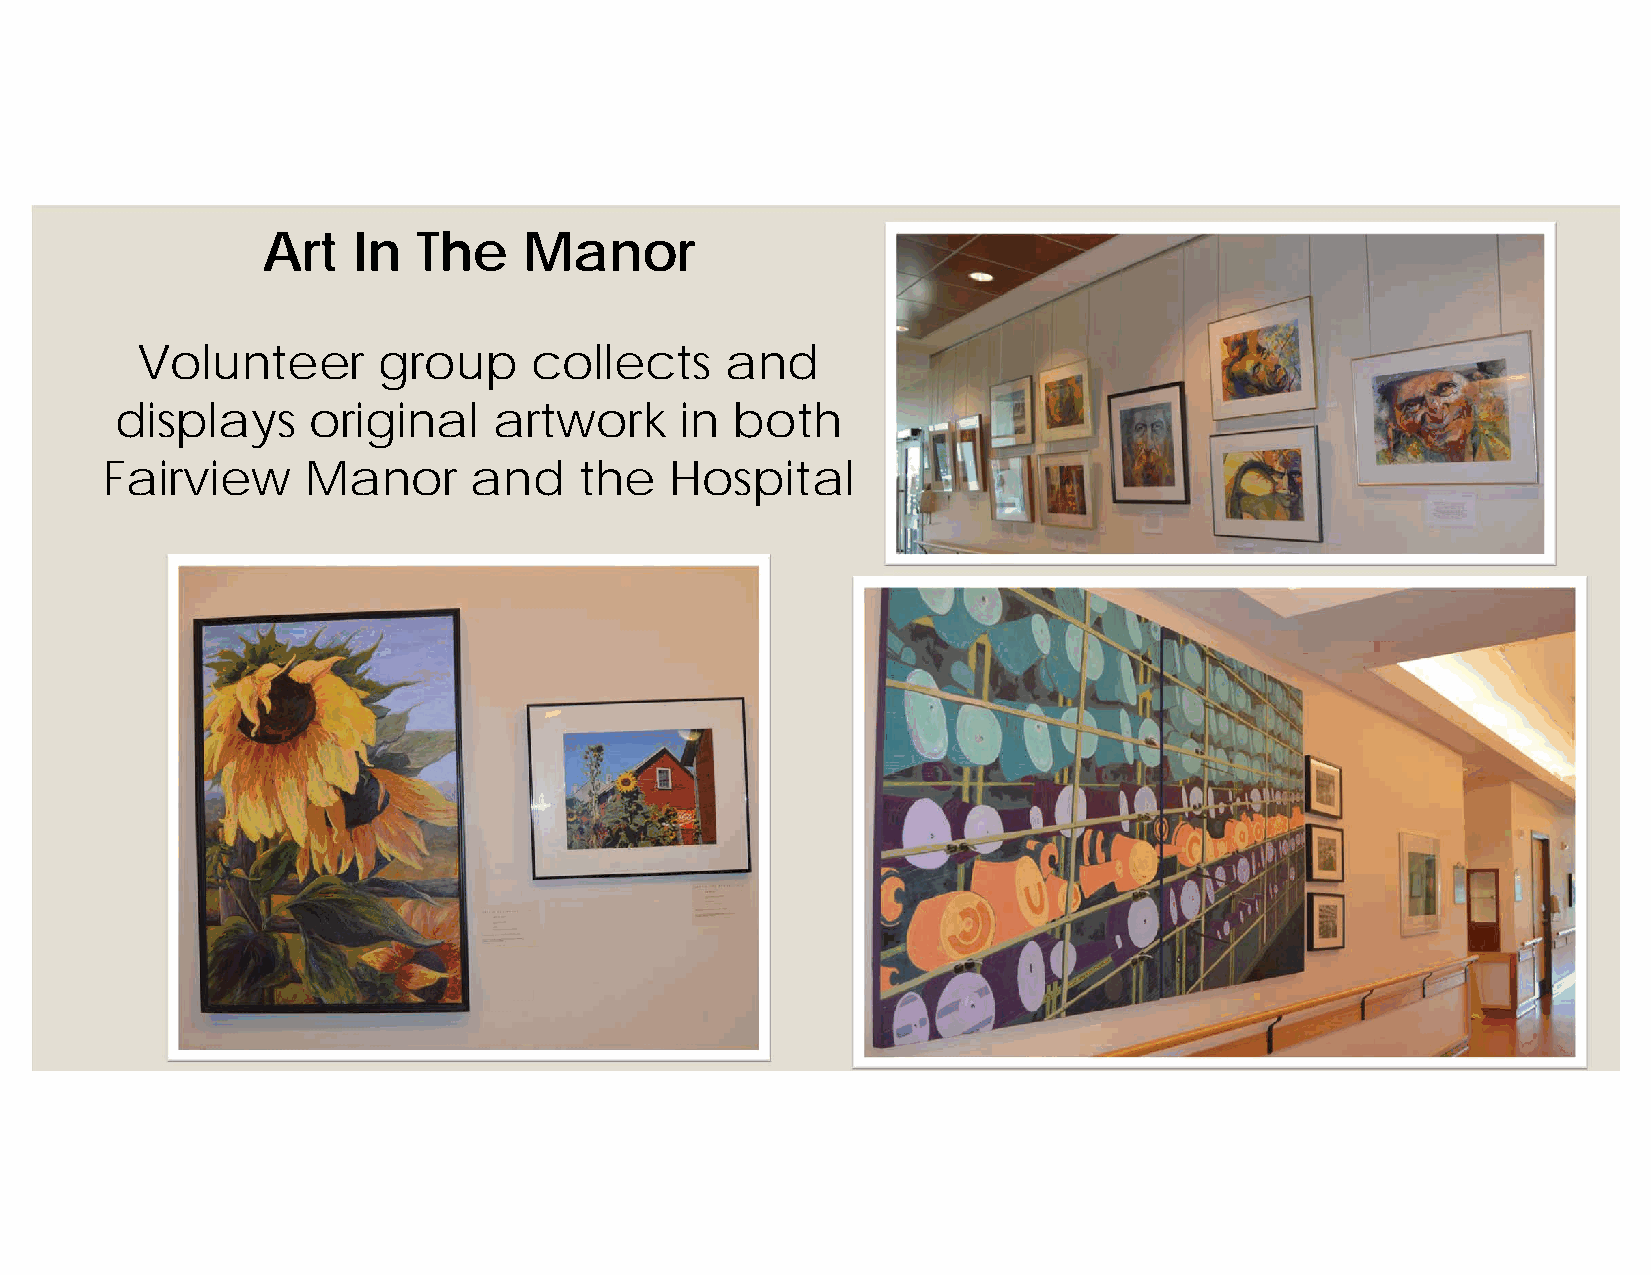
Art   In   The    Manor
 Volunteer       group     collects     and
 displays    original     artwork     in both
 Fairview     Manor      and    the   Hospital